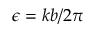
\epsilon = k b / 2 \pi